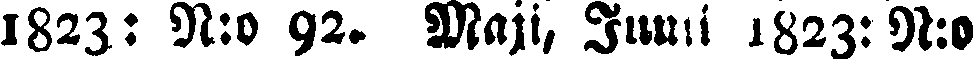
1823: N:o 92. Maji, Junii 1823:9: N:o